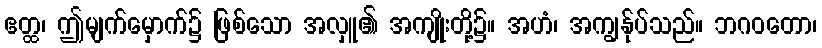
ဧတ္ထ၊ ဤမျက်မှောက်၌ ဖြစ်သော အလှူ၏ အကျိုးတို့၌။ အဟံ၊ အကျွန်ုပ်သည်။ ဘဂဝတော၊